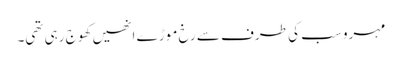
مہرو سب کی طرف سے رخ موڑ ے انھیں کھوج رہی تھی۔